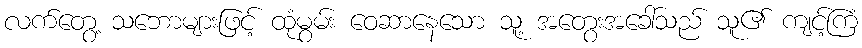
လက်တွေ့ သဘောများဖြင့် ထုံမွမ်း ဝေဆာနေသော သူ့ အတွေးအခေါ်သည် သူ၏ ကျင့်ကြံ